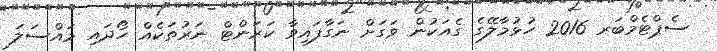
ސެޕްޓެމްބަރ 2016 ހުޅުމާލޭގެ ގެއަކުން ވަގަށް ނަގާފައިވާ ކަރަންޓް ނަރުތަކެއް ހޯދައި މައްސަލަ